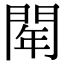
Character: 𨴞